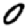
Digit: 0